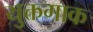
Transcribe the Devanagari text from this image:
युक्तगाक